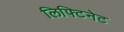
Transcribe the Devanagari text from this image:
लिफ्टिनेट